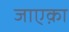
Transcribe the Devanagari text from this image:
जाएक़ा